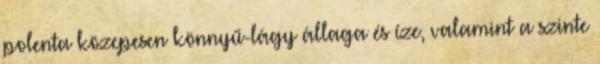
polenta közepesen könnyű-lágy állaga és íze, valamint a szinte